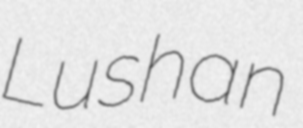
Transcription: Lushan